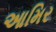
આમિર